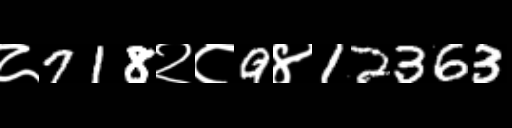
Text: ८718२८9४12363